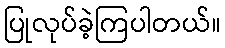
ပြုလုပ်ခဲ့ကြပါတယ်။